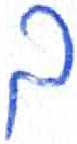
אות: ך